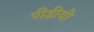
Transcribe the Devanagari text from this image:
पीड़ीयो